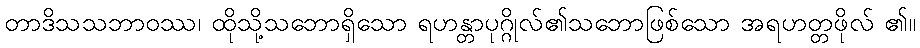
တာဒိသသဘာဝဿ၊ ထိုသို့သဘောရှိသော ရဟန္တာပုဂ္ဂိုလ်၏သဘောဖြစ်သော အရဟတ္တဖိုလ် ၏။